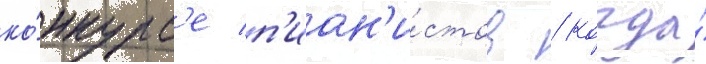
ко́нкурс'е п'иан'и́стов / когда́